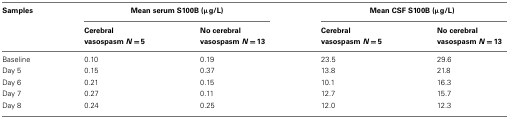
<table><thead><tr><td><b>Samples</b></td><td colspan="2"><b>Mean serum S100B (μg/L)</b></td><td colspan="2"><b>Mean CSF S100B (μg/L)</b></td></tr><tr><td></td><td><b>Cerebral vasospasm <i>N</i> = 5</b></td><td><b>No cerebral vasospasm <i>N</i> = 13</b></td><td><b>Cerebral vasospasm <i>N</i> = 5</b></td><td><b>No cerebral vasospasm <i>N</i> = 13</b></td></tr></thead><tbody><tr><td>Baseline</td><td>0.10</td><td>0.19</td><td>23.5</td><td>29.6</td></tr><tr><td>Day 5</td><td>0.15</td><td>0.37</td><td>13.8</td><td>21.8</td></tr><tr><td>Day 6</td><td>0.21</td><td>0.15</td><td>10.1</td><td>16.3</td></tr><tr><td>Day 7</td><td>0.27</td><td>0.11</td><td>12.7</td><td>15.7</td></tr><tr><td>Day 8</td><td>0.24</td><td>0.25</td><td>12.0</td><td>12.3</td></tr></tbody></table>